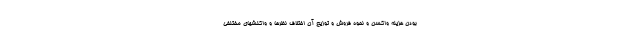
بودن هزینه واکسن و نحوه فروش و توزیع آن اختلاف نظرها و واکنشهای مختلفی